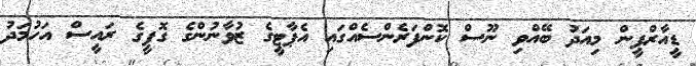
ޑީއާރްޕީން މިއަދު ބޭއްވި ނޫސް ކޮންފަރެންސެއްގައި އެޕާޓީގެ ޒުވާނުންގެ ގޮފީގެ ރައީސް އަހުމަދު